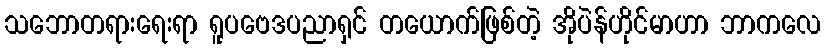
သဘောတရားရေးရာ ရူပဗေဒပညာရှင် တယောက်ဖြစ်တဲ့ အိုပဲန်ဟိုင်မာဟာ ဘာကလေ